Lunatic asylums United Provinces 1899-1908 - 1899-1908
Year: 1899
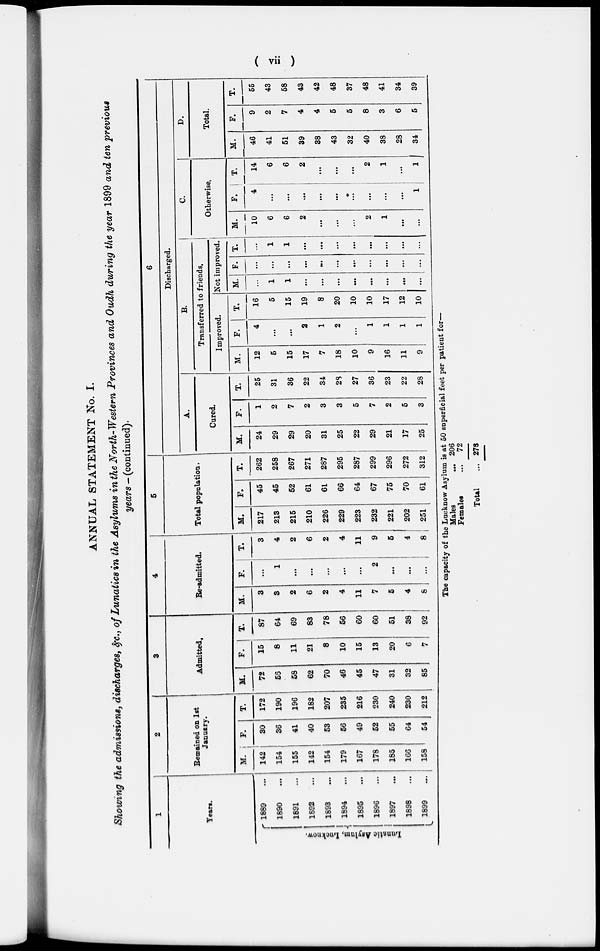
( vii )
ANNUAL STATEMENT No. I.
Showing the admissions, discharges, &c., of Lunatics in the Asylums in the North-Western Provinces and Oudh during the year 1899 and ten previous
years — (continued).
1
Years.
Lunatic Asylum, Lucknow.
1889 ...
1890 ...
1891 ...
1892 …
1893 …
1894 …
1895 …
1896 …
1897 …
1898 …
1899 …
2
Remained on 1st
January.
M.
142
154
155
142
154
179
167
178
185
166
158
F.
30
36
41
40
53
56
49
52
55
64
54
T.
172
190
196
182
207
235
216
230
240
230
212
3
Admitted.
M.
72
56
58
62
70
46
45
47
31
32
85
F.
15
8
11
21
8
10
15
13
20
6
7
T.
87
64
69
83
78
56
60
60
51
38
92
4
Re-admitted.
M.
3
3
2
6
2
4
11
7
5
4
8
F.
...
1
...
...
...
...
...
2
…
...
...
T.
3
4
2
6
2
4
11
9
5
4
8
5
Total population.
M.
217
213
215
210
226
229
223
232
221
202
251
F.
45
45
52
61
61
66
64
67
75
70
61
T.
262
258
267
271
287
295
287
299
296
272
312
6
Discharged.
A.
Cured.
M.
24
29
29
20
31
25
22
29
21
17
25
F.
1
2
7
2
3
3
5
7
2
5
3
T.
25
31
36
22
34
28
27
36
23
22
28
B.
Transferred to friends.
Improved.
M.
12
5
15
17
7
18
10
9
16
11
9
F.
4
...
...
2
1
2
...
1
1
1
1
T.
16
5
15
19
8
20
10
10
17
12
10
Not improved.
M.
...
1
1
...
...
…
...
…
...
…
…
F.
...
...
...
...
...
...
…
...
…
…
...
T.
...
1
1
…
…
...
...
...
…
…
...
C.
Otherwise.
M.
10
6
6
2
...
...
...
2
1
…
...
F.
4
...
...
...
...
...
...
…
…
…
1
T.
14
6
6
2
...
...
...
2
1
...
1
D.
Total.
M.
46
41
51
39
38
43
32
40
38
28
34
F.
9
2
7
4
4
5
5
8
3
6
5
T.
55
43
58
43
42
48
37
48
41
34
39
The capacity of the Lucknow Asylum is at 50 superficial feet per patient for—
Males
…
Females …
Total …
206
72
278